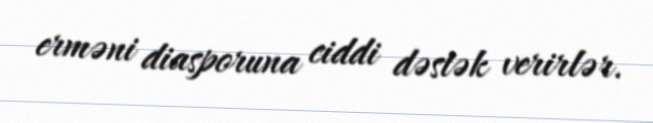
erməni diasporuna ciddi dəstək verirlər.